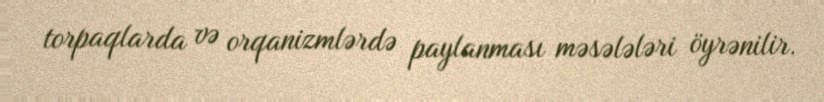
torpaqlarda və orqanizmlərdə paylanması məsələləri öyrənilir.